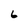
Character: 6